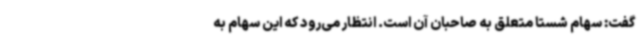
گفت: سهام شستا متعلق به صاحبان آن است. انتظار می‌رود که این سهام به